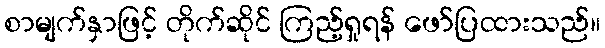
စာမျက်နှာဖြင့် တိုက်ဆိုင် ကြည့်ရှုရန် ဖော်ပြထားသည်။